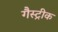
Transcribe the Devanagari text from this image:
गैस्ट्रीक